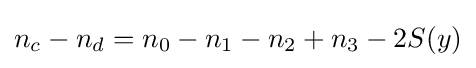
n_{c}-n_{d}=n_{0}-n_{1}-n_{2}+n_{3}-2S(y)